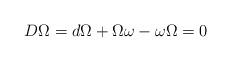
LaTeX: \begin{align*}D\Omega=d\Omega+\Omega \omega-\omega \Omega=0\end{align*}